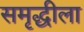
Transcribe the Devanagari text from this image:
समृद्धीला